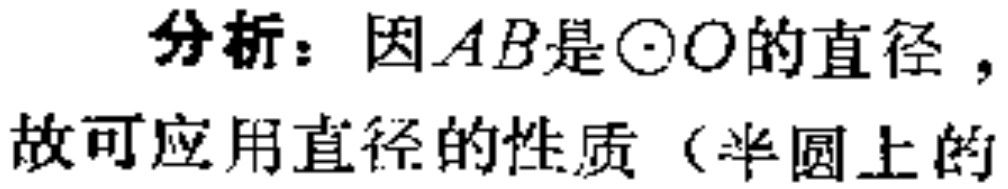
分析：因\(AB\)是\(\odot O\)的直径 ，故可应用直径的性质（半圆上的